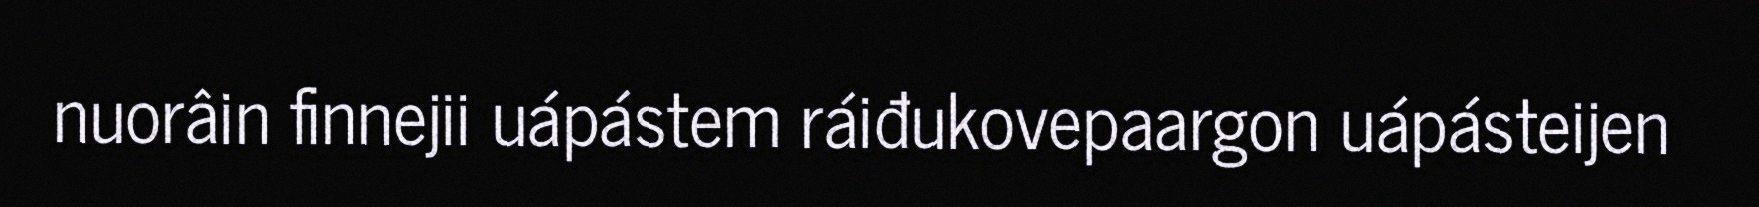
nuorâin finnejii uápástem ráiđukovepaargon uápásteijen